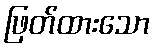
ဖြတ်ထားသော